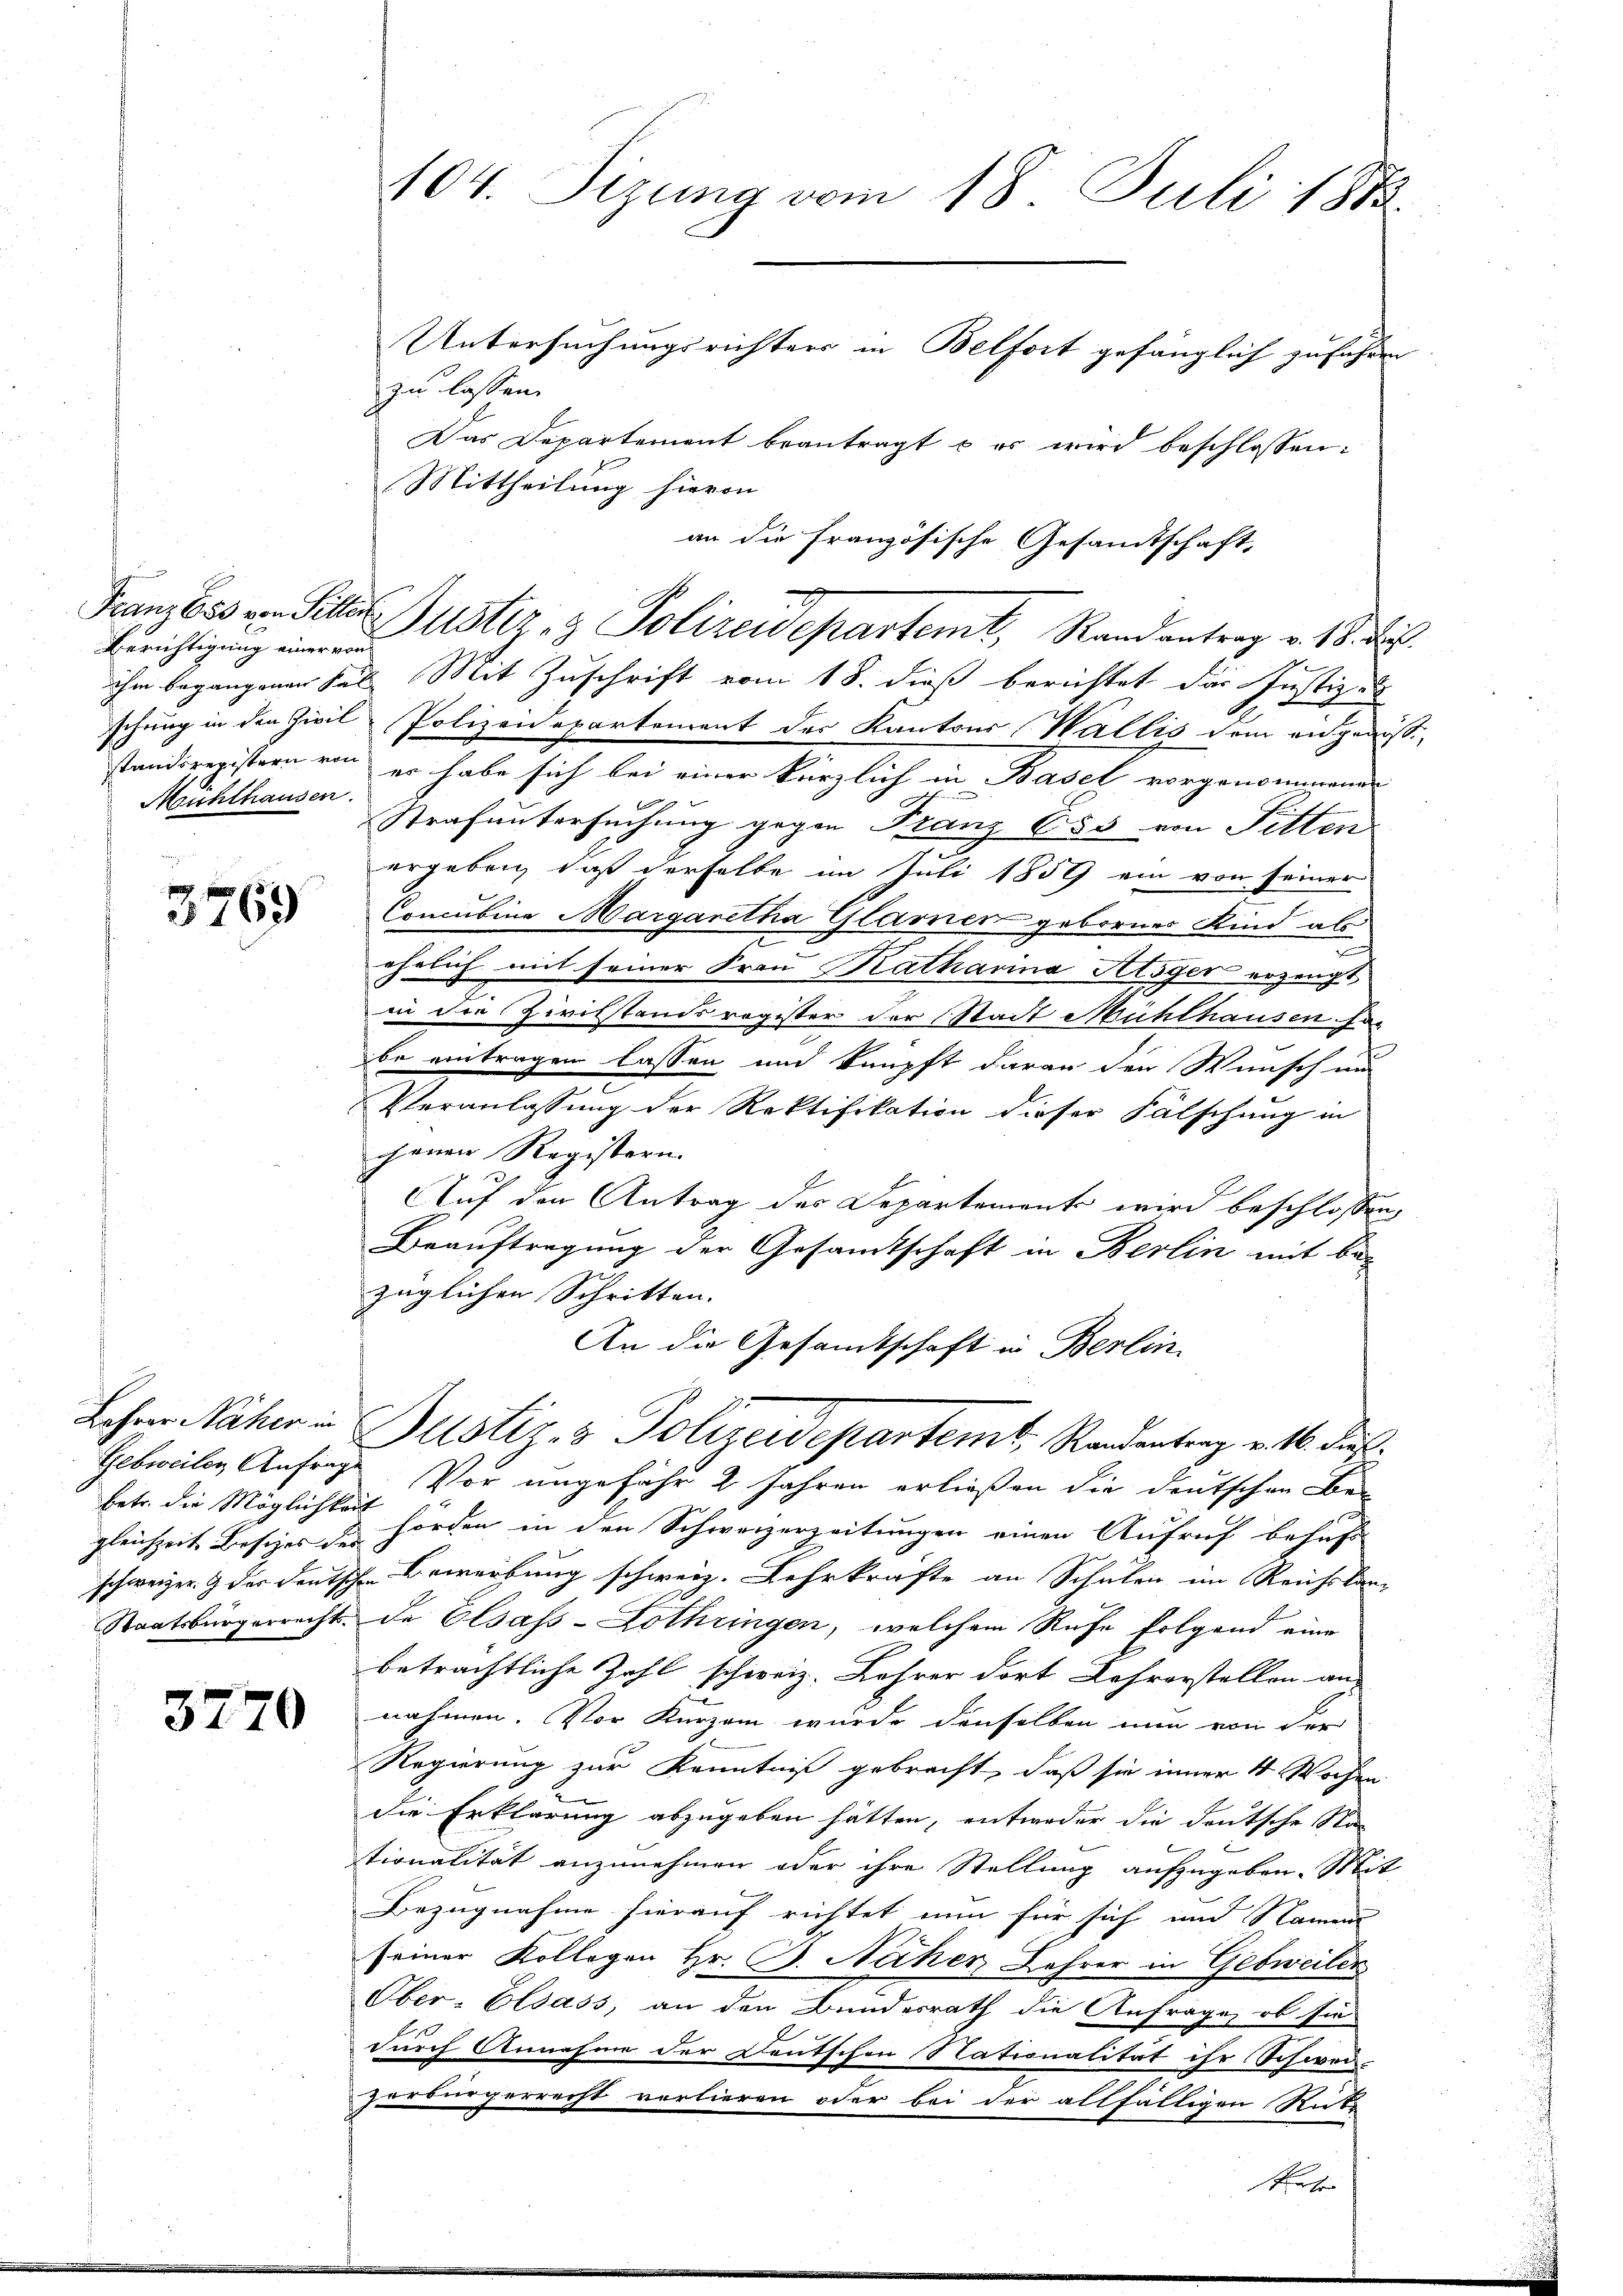
Berichtigung einer von
Mühlhausen.

betr. die Möglichkeit

3769

3770

104. Dizung vom 18. Juli 1883.
Untersuchungsrichters in Belfort gefänglich zufahren
zu lassen.

Das Departement beantragt u es wird beschlossen:
Mittheilung hievon
schung in den Zivil-Polizeidepartement des Kantons Wallis dem angewisse
standsregistern von er habe sich bei einer kürzlich in Basel vorgenommende
Strafuntersuchung gegen Franz 655 von Pitten
ergeben, daß derselbe im Juli 1859 ein von seiner
Concubina Margaretha Glarner gebornes Kind als
ehelich mit seiner Frau Katharina Stöger erzeugt,
in die Zivilstandsregister der Stadt Mühlhausen so
be eintragen lassen und knüpft daran den Wunsch und
Veranlassung der Rektifikation dieser Fälschung in
chenen Registern.
Auf den Antrag des Departemente wird beschlossen:
Beauftragung der Gesamtschaft in Berlin mit bei
züglichen Schritten.
An die Gesamtschaft in Berlin
Lohrer Näher in Bestiz- & Polizeidepartemt, Randantenz v. 16. darf.
Gebweilen Anfrage. Vor ungefähr 2 Jahren erließen die deutschen Be-
gleichzeit Besizes zu hörden in den Schweizerzeitungen einen Aufruf behuf
schweizer. I der deutschen Bewerbung schweiz. Lehrkräfte an Schulen im Reichslan¬
Staatsbürgerrecht. De Elsass-Lothringen, welchem Rufe folgend eine
beträchtliche Zahl schweiz. Lehrer dort Lehrerstellen an
nahmen. Vor Kurzem wurde denselben nun von der
Regierung zur Kenntniß gebracht, daß sie inner 4 Wochen
die Erklärung abzugeben hätten, entweder die deutsche Sta
stionalität anzunehmen oder ihre Stellung aufzugeben. Mit
Bezugnahme hierauf richtet nun für sich und Namen
seiner Kollegen Hr. B. Näher Lehrer in Gebweilen
Ober-Elsass, an den Bundesrath die Anfrage, ob sie
durch Annahme der Deutschen Nationalität ihr Schwer-
zerbürgerrecht vorlieren oder bei der allfälligen Rute

an die Französische Gesandtschaft,
I
Franz bis von Sitter Justiz- & Polizeidepartemt, Randantrag v. 18. d.
ihm begangenen Fall Mit Zuschrift vom 18. dieß berichtet das Justiz u